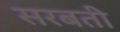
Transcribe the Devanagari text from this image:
सरबती